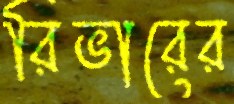
রিভারের